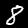
Digit: 8